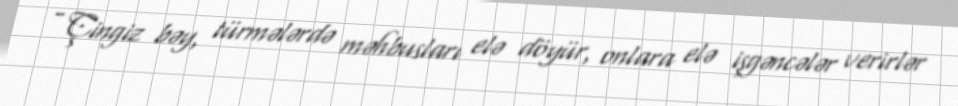
- Çingiz bəy, türmələrdə məhbusları elə döyür, onlara elə işgəncələr verirlər